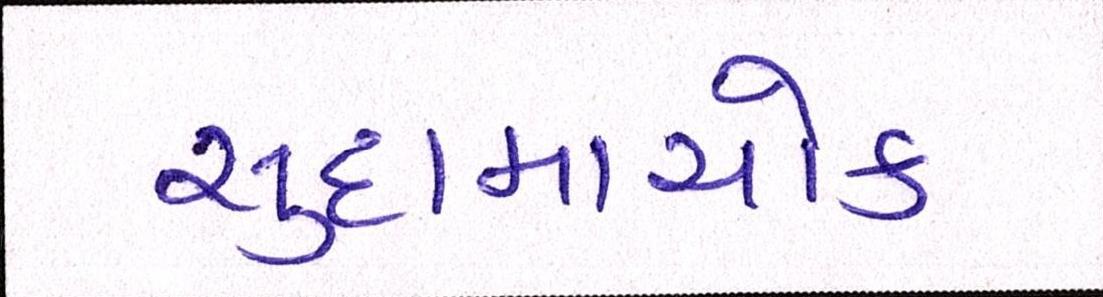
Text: સુદામાચોક